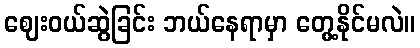
ဈေးဝယ်ဆွဲခြင်း ဘယ်နေရာမှာ တွေ့နိုင်မလဲ။